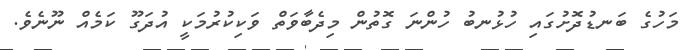
މަހުގެ ބަނޑުދޮށުގައި ހުޅުނބު ހުންނަ ގޮތުން މިދެބާވަތް ވަކިކުރުމަކީ އުދަގޫ ކަމެއް ނޫނެވެ.